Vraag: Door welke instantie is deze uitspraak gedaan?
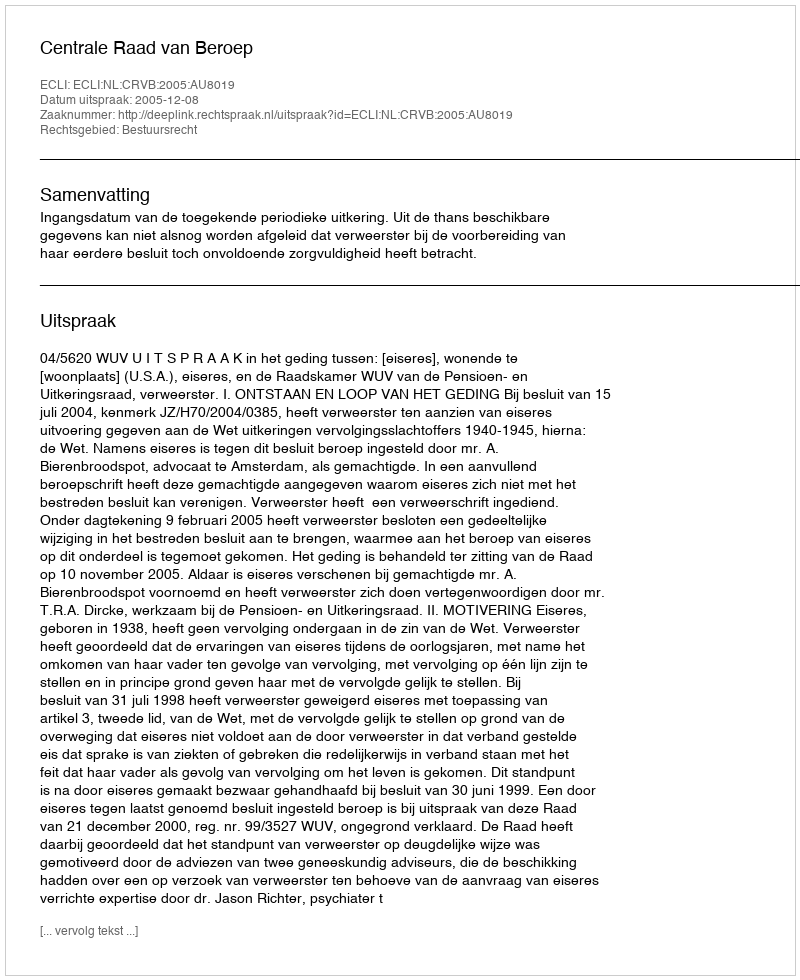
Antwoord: Centrale Raad van Beroep